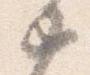
如